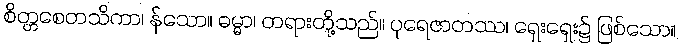
စိတ္တစေတသိကာ၊ န်သော။ ဓမ္မာ၊ တရားတို့သည်။ ပုရေဇာတဿ၊ ရှေးရှေး၌ ဖြစ်သော။